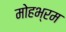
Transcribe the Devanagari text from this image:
मोहभ्रम